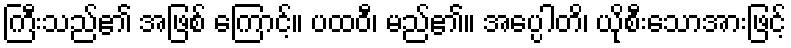
ကြီးသည်၏ အဖြစ် ကြောင့်။ ပထဝီ၊ မည်၏။ အပ္ပေါတိ၊ ယိုစီးသောအားဖြင့်